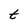
Character: t